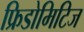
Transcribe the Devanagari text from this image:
फ्रिडोमिटिज